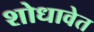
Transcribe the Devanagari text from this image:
शोधावेत